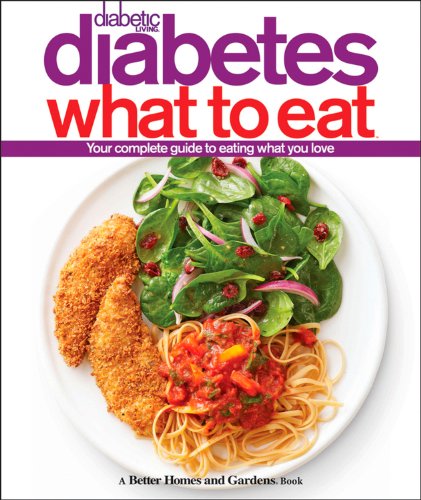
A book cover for Diabetic Living Diabetes What to Eat; Better Homes and Gardens; Cookbooks, Food & Wine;